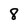
Character: 8